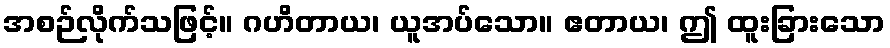
အစဉ်လိုက်သဖြင့်။ ဂဟိတာယ၊ ယူအပ်သော။ ဧတာယ၊ ဤ ထူးခြားသော